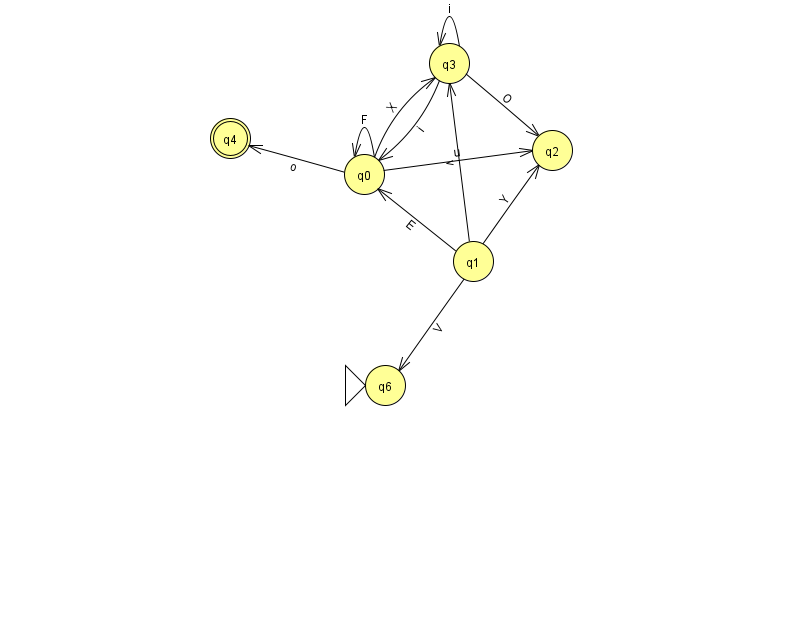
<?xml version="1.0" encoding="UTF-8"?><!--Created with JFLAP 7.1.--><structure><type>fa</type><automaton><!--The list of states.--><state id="0" name="q0"><x>364.0</x><y>161.0</y></state><state id="1" name="q1"><x>473.0</x><y>248.0</y></state><state id="2" name="q2"><x>552.0</x><y>137.0</y></state><state id="3" name="q3"><x>449.0</x><y>50.0</y></state><state id="4" name="q4"><x>230.0</x><y>125.0</y><final/></state><state id="6" name="q6"><x>385.0</x><y>372.0</y><initial/></state><!--The list of transitions.--><transition><from>1</from><to>6</to><read>V</read></transition><transition><from>0</from><to>0</to><read>F</read></transition><transition><from>0</from><to>2</to><read>u</read></transition><transition><from>0</from><to>4</to><read>o</read></transition><transition><from>1</from><to>2</to><read>Y</read></transition><transition><from>1</from><to>0</to><read>E</read></transition><transition><from>1</from><to>3</to><read>v</read></transition><transition><from>3</from><to>3</to><read>i</read></transition><transition><from>3</from><to>0</to><read>i</read></transition><transition><from>0</from><to>3</to><read>X</read></transition><transition><from>3</from><to>2</to><read>O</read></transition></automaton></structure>